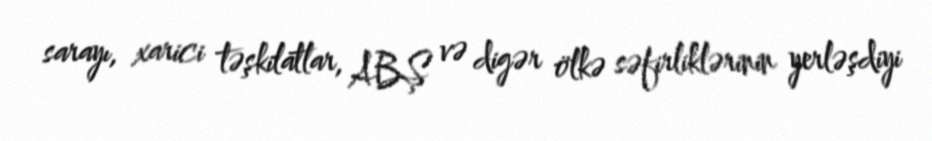
sarayı, xarici təşkilatlar, ABŞ və digər ölkə səfirliklərinin yerləşdiyi